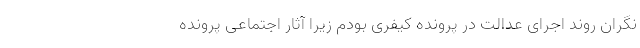
نگران روند اجرای عدالت در پرونده کیفری بودم زیرا آثار اجتماعی پرونده